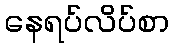
နေရပ်လိပ်စာ